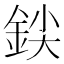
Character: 𰼨